Indian journal of veterinary science and animal husbandry - Volume 1,
Year: 1931
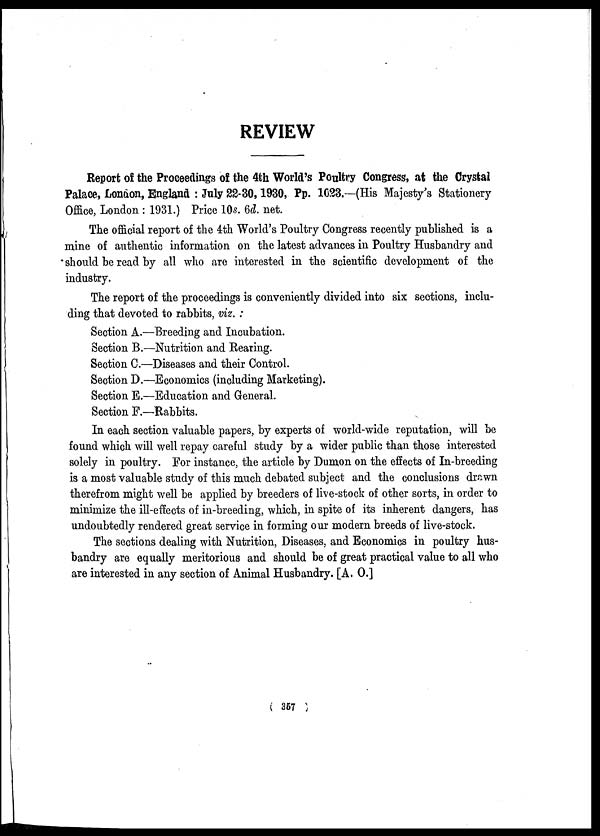
REVIEW
Report of the Proceedings of the 4th World's Poultry Congress, at the Crystal
Palace, London, England : July 22-30, 1930, Pp. 1023.—(His Majesty's Stationery
Office, London : 1931.) Price 10s. 6d. net.
The official report of the 4th World's Poultry Congress recently published is a
mine of authentic information on the latest advances in Poultry Husbandry and
should be read by all who are interested in the scientific development of the
industry.
The report of the proceedings is conveniently divided into six sections, inclu-
ding that devoted to rabbits, viz. :
Section A.—Breeding and Incubation.
Section B.—Nutrition and Rearing.
Section C.—Diseases and their Control.
Section D.—Economics (including Marketing).
Section E.—Education and General.
Section F.—Rabbits.
In each section valuable papers, by experts of world-wide reputation, will be
found which will well repay careful study by a wider public than those interested
solely in poultry. For instance, the article by Dumon on the effects of In-breeding
is a most valuable study of this much debated subject and the conclusions drawn
therefrom might well be applied by breeders of live-stock of other sorts, in order to
minimize the ill-effects of in-breeding, which, in spite of its inherent dangers, has
undoubtedly rendered great service in forming our modern breeds of live-stock.
The sections dealing with Nutrition, Diseases, and Economics in poultry hus-
bandry are equally meritorious and should be of great practical value to all who
are interested in any section of Animal Husbandry. [A. O.]
( 357 )